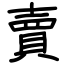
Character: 賣